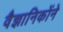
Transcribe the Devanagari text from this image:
वैज्ञानिकोंने